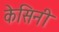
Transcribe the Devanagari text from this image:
केसिनी